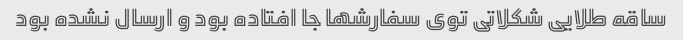
ساقه طلایی شکلاتی توی سفارشها جا افتاده بود و ارسال نشده بود